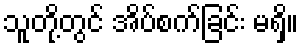
သူတို့တွင် အိပ်စက်ခြင်း မရှိ။